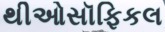
થીઓસૉફિકલ